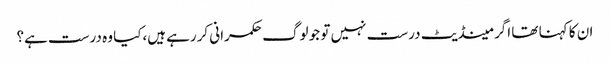
ان کا کہنا تھا اگر مینڈیٹ درست نہیں تو جو لوگ حکمرانی کررہے ہیں،کیا وہ درست ہے؟